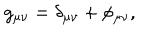
LaTeX: g _ { \mu \nu } = \delta _ { \mu \nu } + \phi _ { \mu \nu } ,